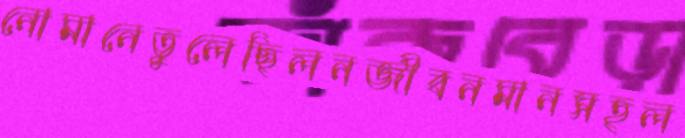
নোমানেতুলেছিলনজীবনমানসহল